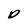
Character: D